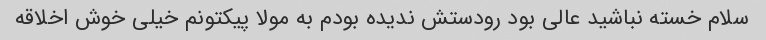
سلام خسته نباشید عالی بود رودستش ندیده بودم به مولا پیکتونم خیلی خوش اخلاقه